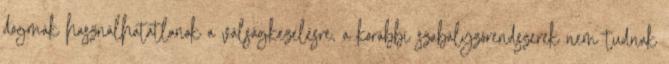
dogmák használhatatlanok a válságkezelésre, a korábbi szabályzórendszerek nem tudnak